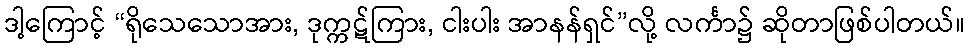
ဒါ့ကြောင့် “ရိုသေသောအား, ဒုက္ကဋ်ကြား, ငါးပါး အာနန်ရှင်”လို့ လင်္ကာ၌ ဆိုတာဖြစ်ပါတယ်။